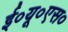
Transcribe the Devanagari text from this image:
ई०यू०एस०